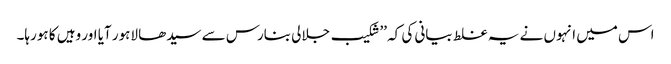
اس میں انہوں نے یہ غلط بیانی کی کہ ’’شکیب جلالی بنارس سے سیدھا لاہور آیا اور وہیں کا ہورہا۔